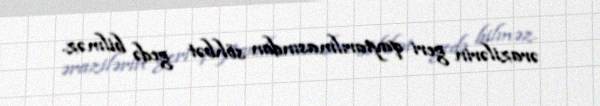
ərazilərin geri qaytarılmasından söhbət gedə bilməz.